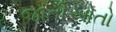
જાતીઓતો